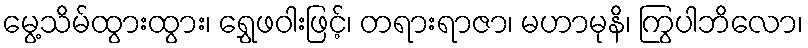
မွေ့သိမ်ထွားထွား၊ ရွှေဖဝါးဖြင့်၊ တရားရာဇာ၊ မဟာမုနိ၊ ကြွပါဘိလော၊